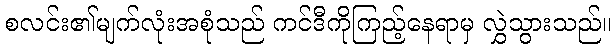
စလင်း၏မျက်လုံးအစုံသည် ကင်ဒီကိုကြည့်နေရာမှ လွှဲသွားသည်။